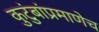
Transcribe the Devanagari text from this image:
कुटुंबांप्रमाणेच